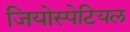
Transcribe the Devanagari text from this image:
जियोस्पेटियल